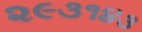
૨૯૩૧૪૩